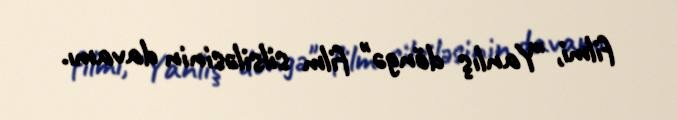
filmi, "Yanlış döngə" film silsiləsinin davamı.